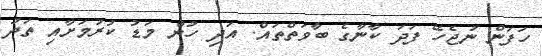
ހަފަން ނުޖެހޭ ފަދަ ކާނާގެ ބާވަތްތައް. އަދި ހުން މަޑު ކުރުމަށާއި ތަދު